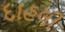
દાહલી